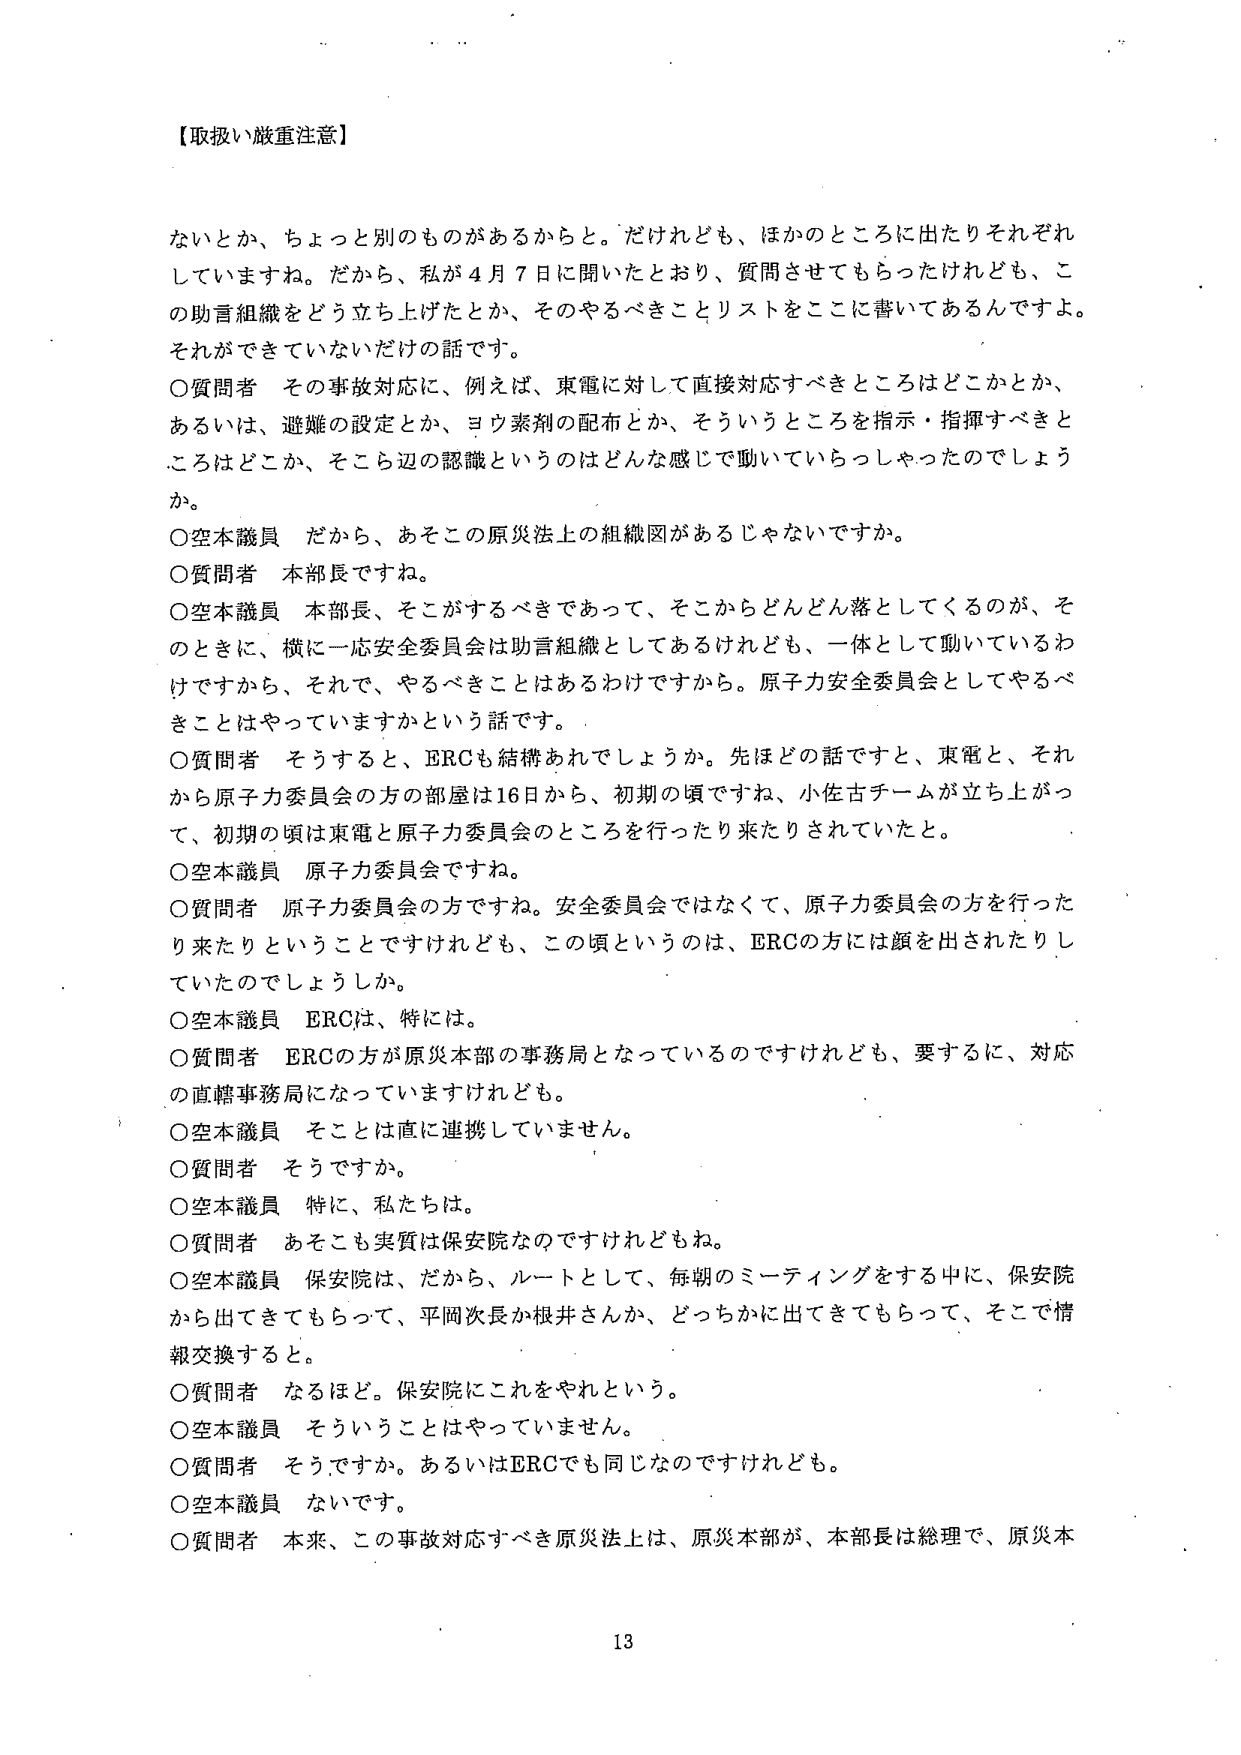
【取扱い厳重注意】

ないとか、ちょっと別のものがあるからと。だけれども、ほかのところに出たりそれぞれしていますね。だから、私が4月7日に聞いたとおり、質問させてもらったけれども、この助言組織をどう立ち上げたとか、そのやるべきことリストをここに書いてあるんですよ。それができていないだけの話です。

○質問者　その事故対応に、例えば、東電に対して直接対応すべきところはどこかとか、あるいは、避難の設定とか、ヨウ素剤の配布とか、そういうところを指示・指揮すべきところはどこか、そこら辺の認識というのはどんな感じで動いていらっしゃったのでしょうか。

○空本議員　だから、あそこの原災法上の組織図があるじゃないですか。

○質問者　本部長ですね。

○空本議員　本部長、そこがするべきであって、そこからどんどん落としてくるのが、そのときに、横に一応安全委員会は助言組織としてあるけれども、一体として動いているわけですから、それで、やるべきことはあるわけですから。原子力安全委員会としてやるべきことはやっていますかという話です。

○質問者　そうすると、ERCも結構あれでしょうか。先ほどの話ですと、東電と、それから原子力委員会の方の部屋は16日から、初期の頃ですね、小佐古チームが立ち上がって、初期の頃は東電と原子力委員会のところを行ったり来たりされていたと。

○空本議員　原子力委員会ですね。

○質問者　原子力委員会の方ですね。安全委員会ではなくて、原子力委員会の方を行ったり来たりということですけれども、この頃というのは、ERCの方には顔を出されたりしていたのでしょうか。

○空本議員　ERCは、特には。

○質問者　ERCの方が原災本部の事務局となっているのですけれども、要するに、対応の直轄事務局になっていますけれども。

○空本議員　そこは直に連携していません。

○質問者　そうですか。

○空本議員　特に、私たちは。

○質問者　あそこも実質は保安院なのですね。

○空本議員　保安院は、だから、ルートとして、毎朝のミーティングをする中に、保安院から出てきてもらって、平岡次長か根井さんか、どっちかに出てきてもらって、そこで情報交換すると。

○質問者　なるほど。保安院にこれをやれという。

○空本議員　そういうことはやっていません。

○質問者　そうですか。あるいはERCでも同じなのですけれども。

○空本議員　ないです。

○質問者　本来、この事故対応すべき原災法上は、原災本部が、本部長は総理で、原災本

13